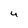
Character: U